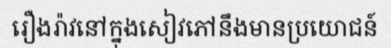
រឿងរ៉ាវនៅក្នុងសៀវភៅនឹងមានប្រយោជន៍